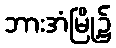
ဘားအံမြို့၌